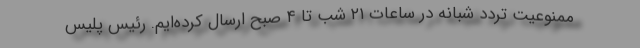
ممنوعیت تردد شبانه در ساعات ۲۱ شب تا ۴ صبح ارسال کرده‌ایم. رئیس پلیس